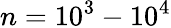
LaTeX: n=10^{3}-10^{4}